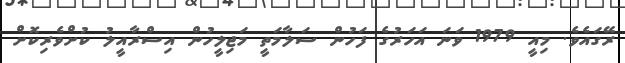
ރޭގައެވެ. މިއީ 1979 ވަނަ އަހަރުގެ ފަހުން ސަލާމަތީ މަޖިލީހުން އިސްރާއީލު ކުށްވެރިކޮށް